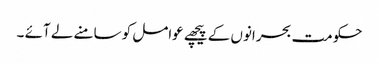
حکومت بحرانوں کے پیچھے عوامل کو سامنے لے آئے ۔